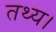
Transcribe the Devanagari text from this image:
तथ्य।